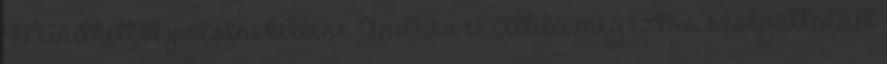
Mindkettőt pótolni kellene. Andrea és Attila még extra szolgáltatást